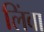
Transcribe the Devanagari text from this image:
लिंवा